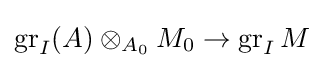
\operatorname {gr} _{I}(A)\otimes _{A_{0}}M_{0}\to \operatorname {gr} _{I}M